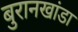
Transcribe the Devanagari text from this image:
बुरानखांडा